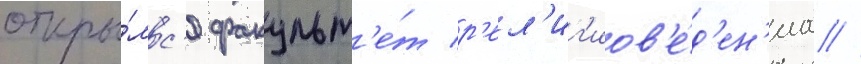
откры́лс'я факульт'е́т р'ел'иг'иов'е́д'ен'иа //